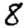
Digit: 8